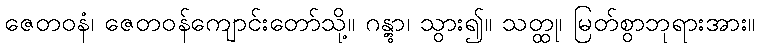
ဇေတဝနံ၊ ဇေတဝန်ကျောင်းတော်သို့။ ဂန္တွာ၊ သွား၍။ သတ္ထု၊ မြတ်စွာဘုရားအား။